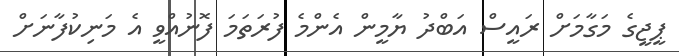
ޕީޖީގެ މަގާމަށް ރައީސް އަބްދު ޔާމީން އެންމެ ފުރަތަމަ ފޮނުއްވީ އެ މަނިކުފާނަށް